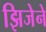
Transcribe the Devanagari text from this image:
झिजेने